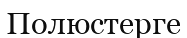
Полюстерге